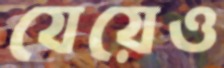
যেয়েও